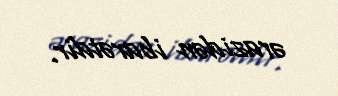
ərazidən ibarətdir.